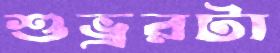
শুভ্ররটা